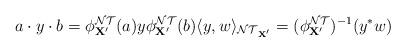
LaTeX: \begin{align*}a\cdot y\cdot b=\phi_{\mathbf{X}'}^\mathcal{NT}(a)y\phi_{\mathbf{X}'}^\mathcal{NT}(b) \langle y,w\rangle_{\mathcal{NT}_{\mathbf{X}'}}=(\phi_{\mathbf{X}'}^\mathcal{NT})^{-1}(y^*w) \end{align*}